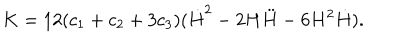
K = 1 2 ( c _ { 1 } + c _ { 2 } + 3 c _ { 3 } ) ( \dot { H } ^ { 2 } - 2 H \ddot { H } - 6 H ^ { 2 } \dot { H } ) .